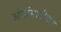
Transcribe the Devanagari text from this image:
अंधांसाठीच्या